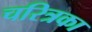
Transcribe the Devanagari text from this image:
चरित्रका